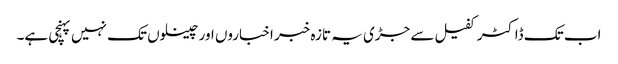
اب تک ڈاکٹر کفیل سے جڑی یہ تازہ خبر اخباروں اور چینلوں تک نہیں پہنچی ہے۔